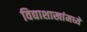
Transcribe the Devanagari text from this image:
विद्याशाखांमध्ये